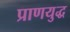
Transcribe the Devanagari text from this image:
प्राणयुद्ध